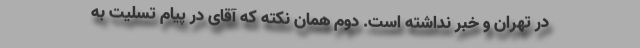
در تهران و خبر نداشته است. دوم همان نکته که آقای در پیام تسلیت به